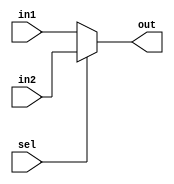
module mux(out,sel,in1,in2);
input in1,in2,sel;
output out;
assign out=(sel)?in2:in1;
endmodule